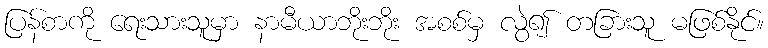
ပြန်စာကို ရေးသားသူမှာ နာမီယာဘိုးဘိုး အစစ်မှ လွဲ၍ တခြားသူ မဖြစ်နိုင်။